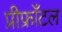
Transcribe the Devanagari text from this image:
प्रीफ्राँटल